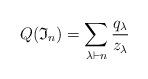
LaTeX: \begin{align*}Q(\mathfrak{I}_{n}) = \sum_{\lambda\vdash n}\frac{q_\lambda}{z_\lambda}\end{align*}